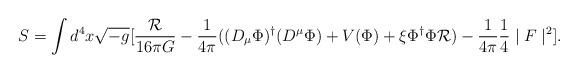
LaTeX: \begin{align*}S=\int d^{4}x\sqrt{-g}[\frac{\mathcal{R}}{16\pi G}-\frac{1}{4\pi}((D_{\mu}\Phi)^{\dagger}(D^{\mu}\Phi)+V(\Phi)+\xi\Phi^{\dagger}\Phi\mathcal{R})-\frac{1}{4\pi}\frac{1}{4}\mid F\mid^{2}].\end{align*}